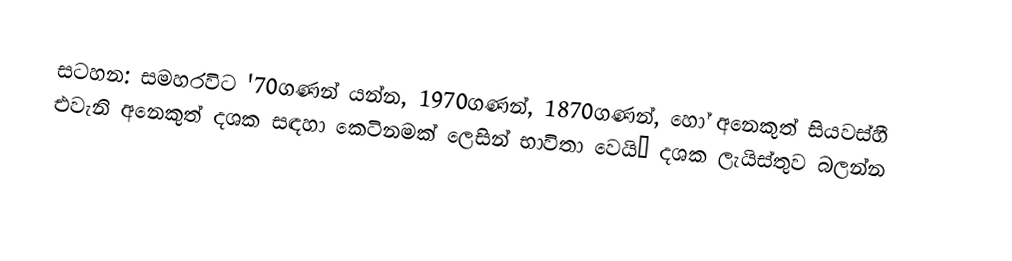
සටහන: සමහරවිට '70ගණන් යන්න, 1970ගණන්, 1870ගණන්, හෝ අනෙකුත් සියවස්හී එවැනි අනෙකුත් දශක සඳහා කෙටිනමක් ලෙසින් භාවිතා වෙයි– දශක ලැයිස්තුව බලන්න